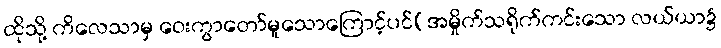
ထိုသို့ ကိလေသာမှ ဝေးကွာတော်မူသောကြောင့်ပင်(အမှိုက်သရိုက်ကင်းသော လယ်ယာ၌